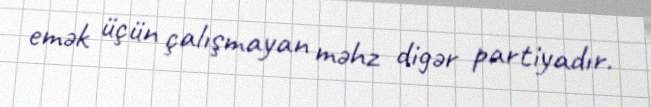
emək üçün çalışmayan məhz digər partiyadır.